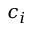
c _ { i }